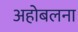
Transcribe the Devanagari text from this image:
अहोबलना